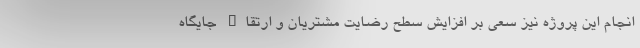
انجام این پروژه نیز سعی بر افزایش سطح رضایت مشتریان و ارتقاء جایگاه